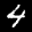
Label: 4